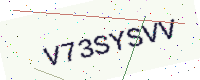
Text: V73SYSVV